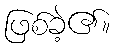
ဖြစ်ခဲ့၏။